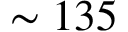
\sim 1 3 5